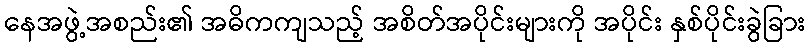
နေအဖွဲ့အစည်း၏ အဓိကကျသည့် အစိတ်အပိုင်းများကို အပိုင်း နှစ်ပိုင်းခွဲခြား